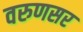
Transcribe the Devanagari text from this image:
वरुणसर